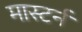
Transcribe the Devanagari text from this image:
मास्टर्न